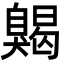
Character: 𦤦